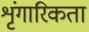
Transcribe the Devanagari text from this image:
शृंगारिकता